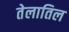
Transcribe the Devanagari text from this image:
तेलातिल